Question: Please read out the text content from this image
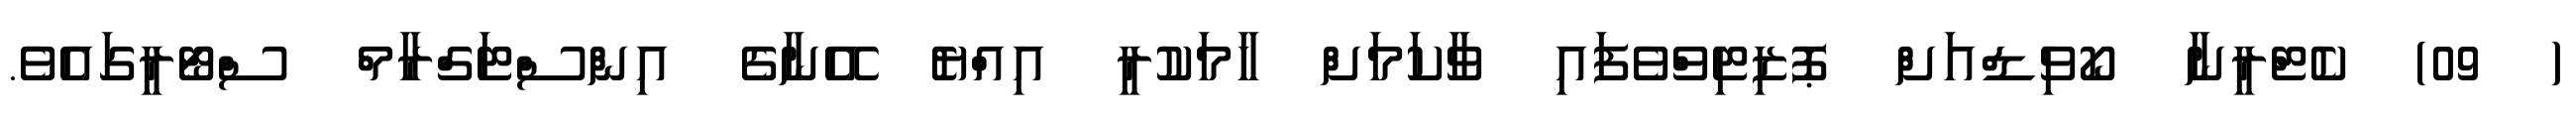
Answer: ( 09) ކެޓްރީނާ ކޯވިޑްއަށް ޕޮޒިޓިވްވެފައި ވާކަމަށް ހާމަކުރީ އިއްޔެ އޭނާގެ އިންސްޓަގްރާމް ސްޓޯރީގައެވެ.